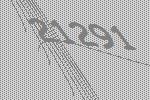
21291